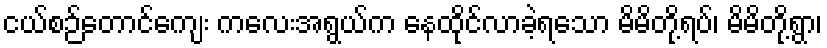
ငယ်စဉ်တောင်ကျေး ကလေးအရွယ်က နေထိုင်လာခဲ့ရသော မိမိတို့ရပ်၊ မိမိတို့ရွာ၊